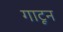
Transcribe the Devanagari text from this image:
गाटून